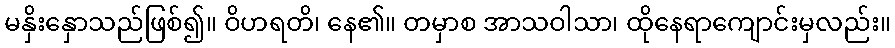
မနှိးနှောသည်ဖြစ်၍။ ဝိဟရတိ၊ နေ၏။ တမှာစ အာသဝါသာ၊ ထိုနေရာကျောင်းမှလည်း။